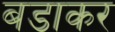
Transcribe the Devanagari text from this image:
बडाकर